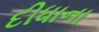
દીધાના